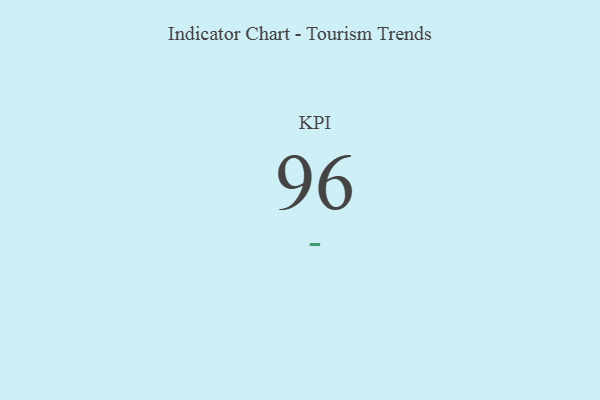
{"axis": {"x": "KPI", "y": "Value"}, "legend": [""], "data": [{"x": "KPI", "y": 96, "type": ""}]}